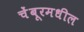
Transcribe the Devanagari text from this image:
चेंबूरमधील